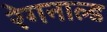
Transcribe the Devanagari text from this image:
रेगनाल्ड